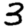
Digit: 3